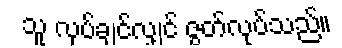
သူ လုပ်ချင်လျှင် ဇွတ်လုပ်သည်။